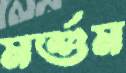
মর্শুম